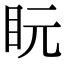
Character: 盶